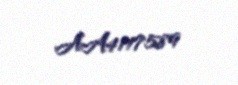
AA4117589